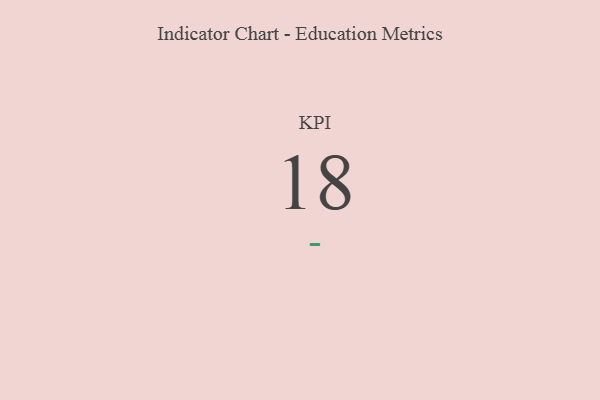
{"axis": {"x": "KPI", "y": "Value"}, "legend": [""], "data": [{"x": "KPI", "y": 18, "type": ""}]}